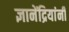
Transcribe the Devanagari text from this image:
ज्ञानेंद्रियांनी